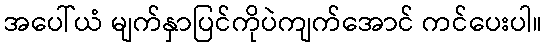
အပေါ်ယံ မျက်နှာပြင်ကိုပဲကျက်အောင် ကင်ပေးပါ။